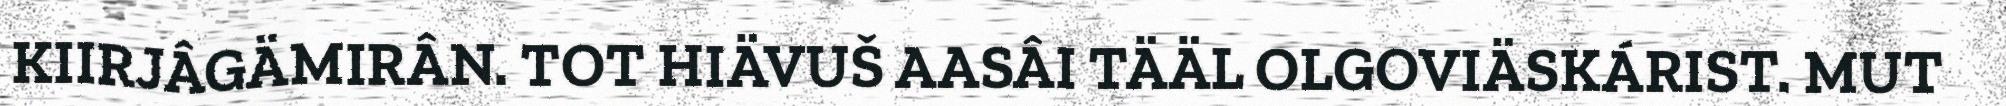
KIIRJÂGÄMIRÂN. TOT HIÄVUŠ AASÂI TÄÄL OLGOVIÄSKÁRIST. MUT